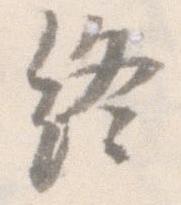
終